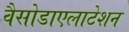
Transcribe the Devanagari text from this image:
वैसोडाएलाटेशन